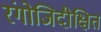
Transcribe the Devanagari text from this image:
रंगोजिदीक्षित